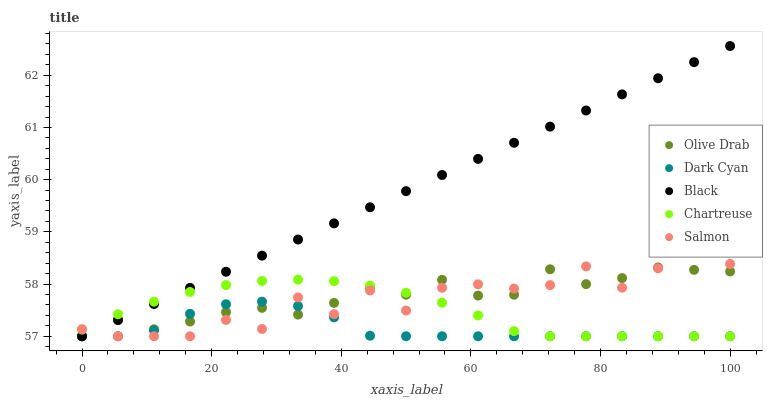
| xaxis_label | Olive Drab | Dark Cyan | Black | Chartreuse | Salmon |
 | --- | --- | --- | --- | --- | --- |
 | 0 | 57 | 57 | 57 | 57.1 | 57.1 |
 | 5.56 | 57.3 | 57 | 57.3 | 57.4 | 57 |
 | 11.1 | 57.1 | 57.1 | 57.6 | 57.7 | 57 |
 | 16.7 | 57.3 | 57.4 | 57.9 | 57.8 | 57 |
 | 22.2 | 57.5 | 57.6 | 58.2 | 58 | 57.3 |
 | 27.8 | 57.5 | 57.7 | 58.5 | 58.1 | 57.1 |
 | 33.3 | 57.4 | 57.6 | 58.9 | 58.1 | 57.7 |
 | 38.9 | 57.6 | 57.4 | 59.2 | 58.1 | 57.4 |
 | 44.4 | 57.9 | 57 | 59.5 | 58 | 57.9 |
 | 50 | 57.8 | 57 | 59.8 | 57.8 | 57.5 |
 | 55.6 | 58.1 | 57 | 60.1 | 57.6 | 57.9 |
 | 61.1 | 57.8 | 57 | 60.4 | 57.4 | 58 |
 | 66.7 | 57.8 | 57 | 60.7 | 57.1 | 57.9 |
 | 72.2 | 58.3 | 57 | 61 | 57 | 58 |
 | 77.8 | 58 | 57 | 61.3 | 57 | 58.3 |
 | 83.3 | 58.1 | 57 | 61.6 | 57 | 57.9 |
 | 88.9 | 58.3 | 57 | 61.9 | 57 | 58.3 |
 | 94.4 | 58.3 | 57 | 62.3 | 57 | 58.6 |
 | 100 | 58.2 | 57 | 62.6 | 57 | 58.4 |